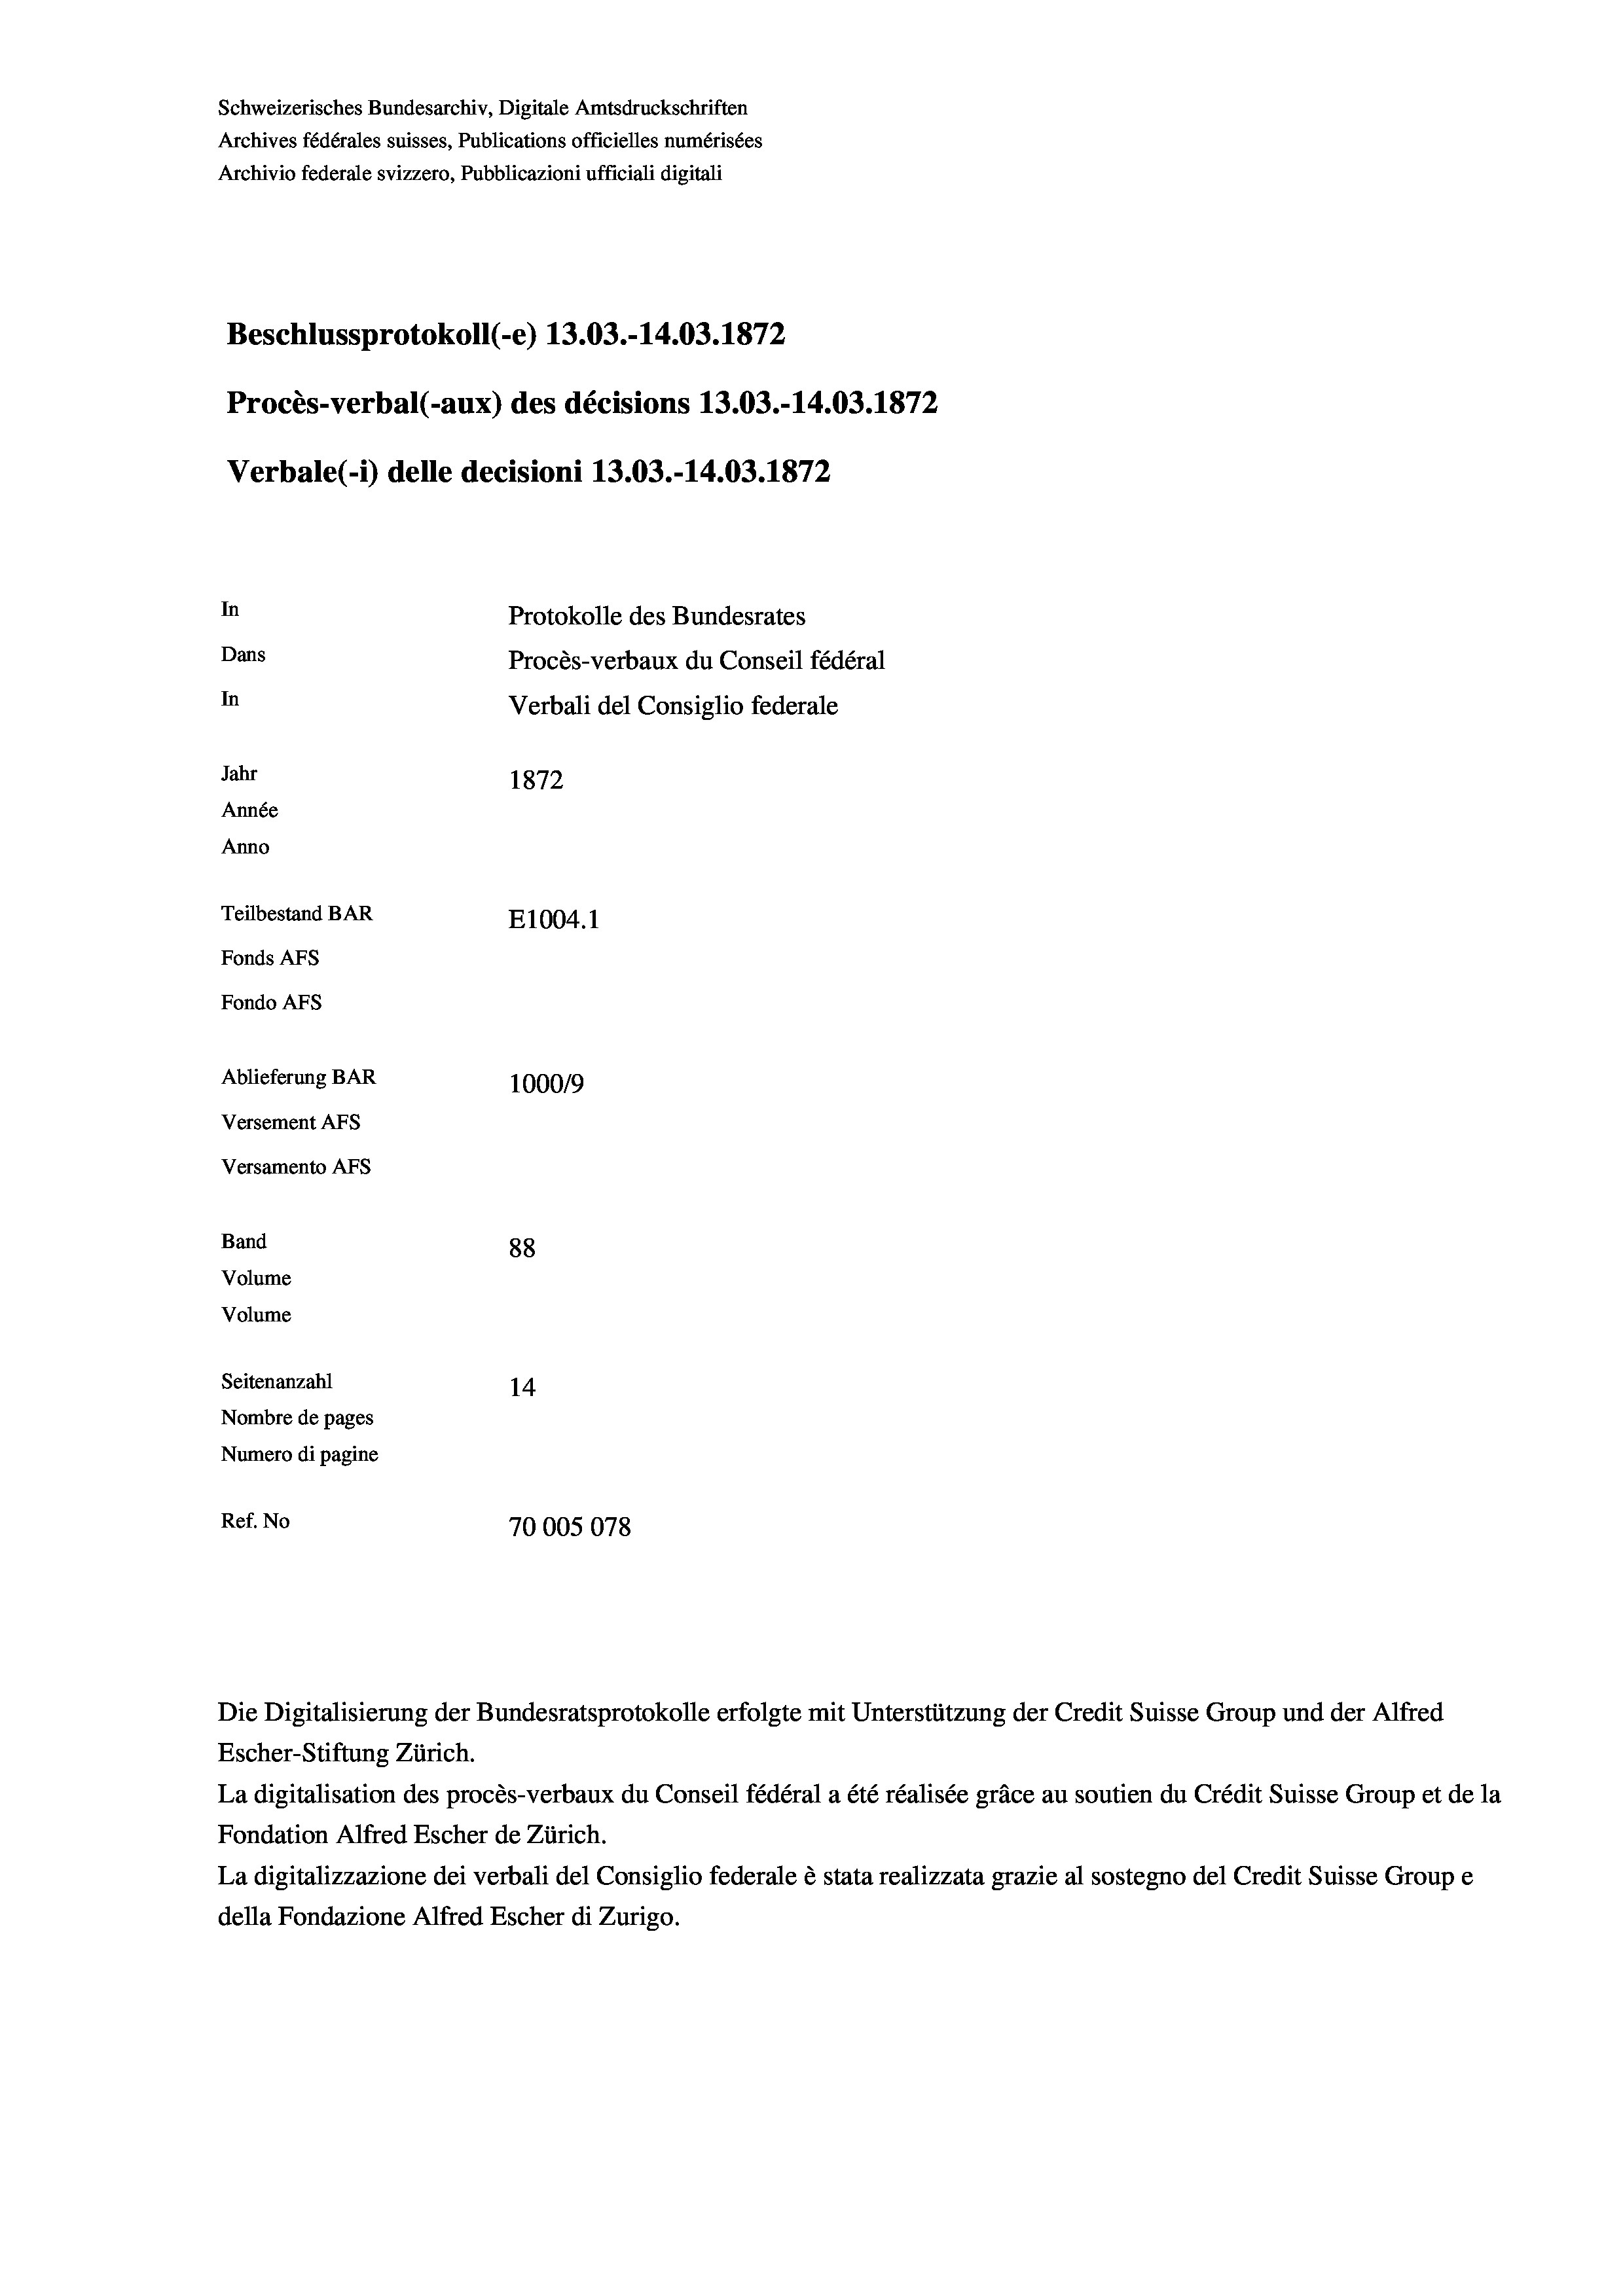
Schweizerisches Bundesarchiv, Digitale Amtsdruckschriften
Archives fédérales suisses, Publications officielles numérisées
Archivio federale svizzero, Pubblicazioni ufficiali digitali
Beschlussprotokoll (-e) 13.03.-14.03. 1872
Procès-verbal (-aux) des décisions 13.03.-14.03. 1872
Verbale (- 1) delle decisioni 13.03.-14.03. 1872
In
Protokolle des Bundesrates
Dans
Procès-verbaux du Conseil fédéral
In
Verbali del Consiglio federale
Jahr
1872
Année
Anno
Teilbestand BAR
E1004. 1
Fonds AFs
Fondo AFS
Ablieferung BAR
100019
Versement AFs
Versamento AFs

Band
Volume
Volume

88
Seitenanzahl
14
Nombre de pages
Numero di pagine
Ref. No
70005078

Escher-Stiftung Zürich.
La digitalisation des procès-verbaux du Conseil fédéral a été réalisée gräce au soutien du Crédit Suisse Group et de la
Fondation Alfred Escher de Zürich.
La digitalizzazione dei verbali del Consiglio federale è stata realizzata grazie al sostegno del Credit Suisse Groupe
della Fondazione Alfred Escher di Zurigo.

Die Digitalisierung der Bundesratsprotokolle erfolgte mit Unterstützung der Credit Suisse Group und der Alfred